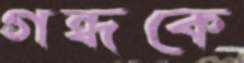
গন্ধকে